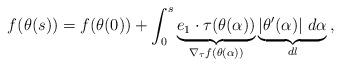
LaTeX: \begin{align*}f(\theta(s))=f(\theta(0))+\int_0^s \underbrace{e_1\cdot\tau(\theta(\alpha))}_{\nabla_\tau f (\theta(\alpha))}\underbrace{|\theta'(\alpha)|\ d\alpha}_{dl}\,,\end{align*}